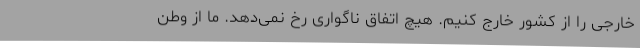
خارجی را از کشور خارج کنیم. هیچ اتفاق ناگواری رخ نمی‌دهد. ما از وطن